V__Kingissepa_nim__kolhoos, lk 86
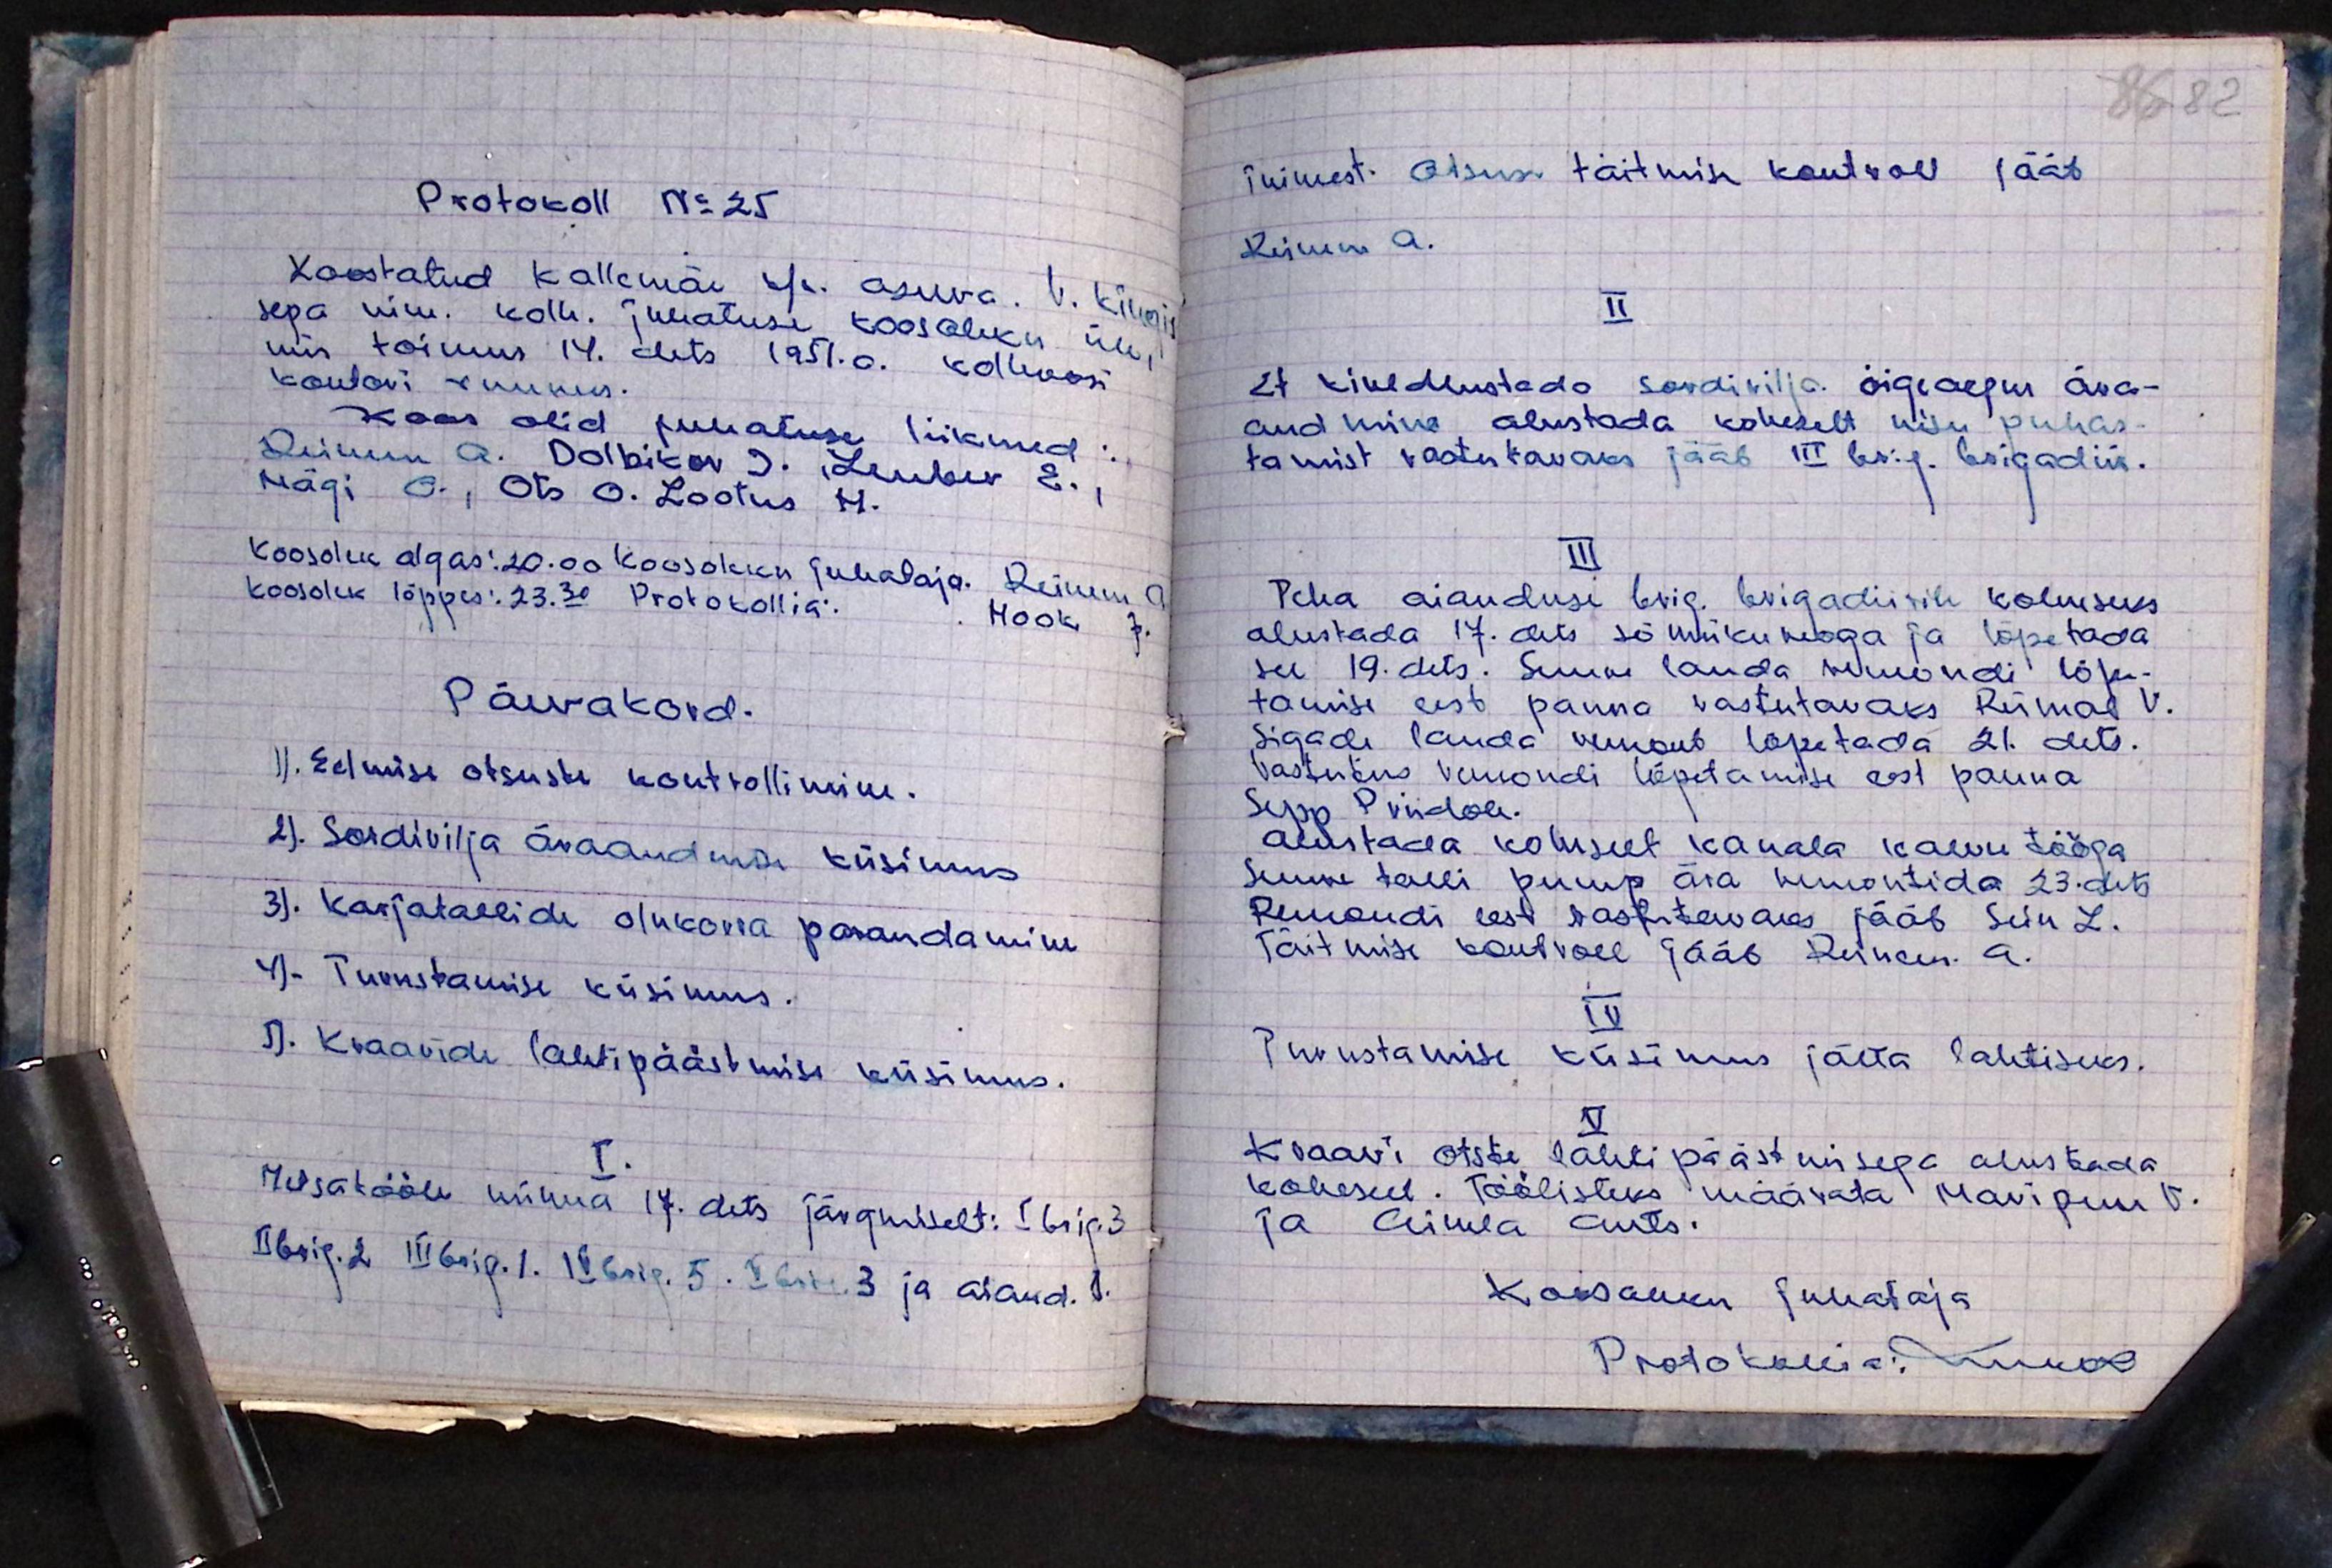
86 82

Protokoll No 25
Koostatud Kallemäe k/n. asuva. V. Kingis-
sepa nim. kolh. juhatuse koosoleku üle,
mis toimus 14. dets 1951.a. kolhoosi
kontori ruumes.
koos olid juhatuse liikmed:
Reinem A. Dolpikov J. Lember E.
Mägi O., Ots O. Lootus H.
koosolek algas: 20.00 Koosoleku juhataja. Reinem A.
koosolek lõppes: 23.30 Protokollia. Mook J.
Päevakord.
1) Eelmise otsuste kontrollimine.
2). Sordivilja äraandmise küsimus
3). Karjatallide olukorra parandamine
4). Turustamise küsimus.
5). Kraavide lahtipäästmise küsimus.
I.
Metsatööle minna 17. dets järgmiselt: I brig. 3
II brig. 2 III brig. 1. IV brig. 5. V brig. 3 ja aiand. 1

inimest. Otsuse täitmise kontroll jääb
Reinem A.
II
Et kindlustada sordivilja õigeaegne ära-
andmine alustada koheselt nisu puhas-
tamist vastutavaks jääb III brig. brigadiir.
III
Teha aiandusi brig. brigadiirile kohuseks
alustada 17.dets sõnniku veoga ja lõpetada
see 19. dets. Suure lauda remondi lõpe-
tamise eest panna vastutavaks Rümal V.
Sigade lauda remont lõpetada 21. dets.
vastutus remondi lõpetamise eest panna
Sepp Priidole.
Alustada koheselt kanala kaevu tööga
Suure talli pump ära remontida 23. dets.
Remondi eest vastutavaks jääb Sein L.
Täitmise kontroll jääb Reinem. A.
IV
Purustamise küsimus jätta lahtiseks.
V
Kraavi otste lahti päästmisega alustada.
koheselt. Töölisteks määrata Maripuu V.
ja Aimla Ants.
Koosoleku juhataja
Protokollia: Mook